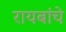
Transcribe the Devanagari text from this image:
रायबांचे